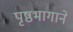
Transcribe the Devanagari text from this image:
पृष्ठभागाने